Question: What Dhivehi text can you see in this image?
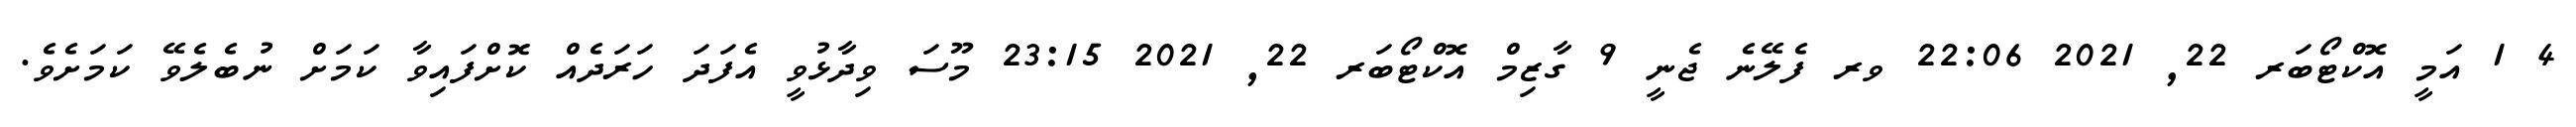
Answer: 4 1 އަމީ އޮކްޓޯބަރ 22, 2021 22:06 ވރ ފެލޭނެ ޖެނީ 9 ގާޒިމް އޮކްޓޯބަރ 22, 2021 23:15 މޫސަ ވިދާޅުވީ އެފަދަ ހަރަދެއް ކޮށްފައިވާ ކަމަށް ނުބެލެވޭ ކަމަށެވެ.